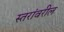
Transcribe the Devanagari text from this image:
स्‍तरांवरील